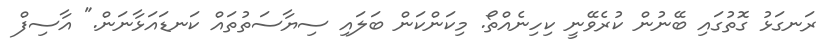
ރަނގަޅު ގޮތުގައި ބޭނުން ކުރެވޭނީ ކިހިނެއްތޯ. މިކަންކަން ބަލައި ސިޔާސަތުތައް ކަނޑައަޅާނަން." އާސިފް